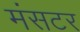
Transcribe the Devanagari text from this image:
मंसटर